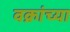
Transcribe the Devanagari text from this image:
वक्रांच्या